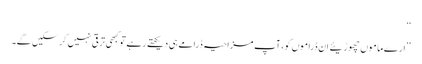
‘‘
’’ارے ماموں چھوڑیئے ان ڈراموں کو، آپ مزاحیہ ڈرامے ہی دیکھتے رہے تو کبھی ترقی نہیں کرسکیں گے۔